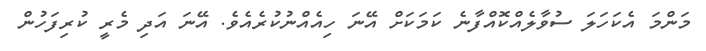
މަންމަ އެކަހަލަ ސުވާލެއްކޮއްފާނެ ކަމަކަށް އޭނަ ހިއެއްނުކުރެއެވެ. އޭނަ އަދި މެރީ ކުރިފަހުން